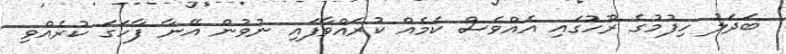
ބަދަލު ހިފުމުގެ ރޫހުގައި އެއްވެސް ކަމެއް ކުރައްވާފައި ނުވުން އޭނާ ފާހަގަ ކުރެއްވި